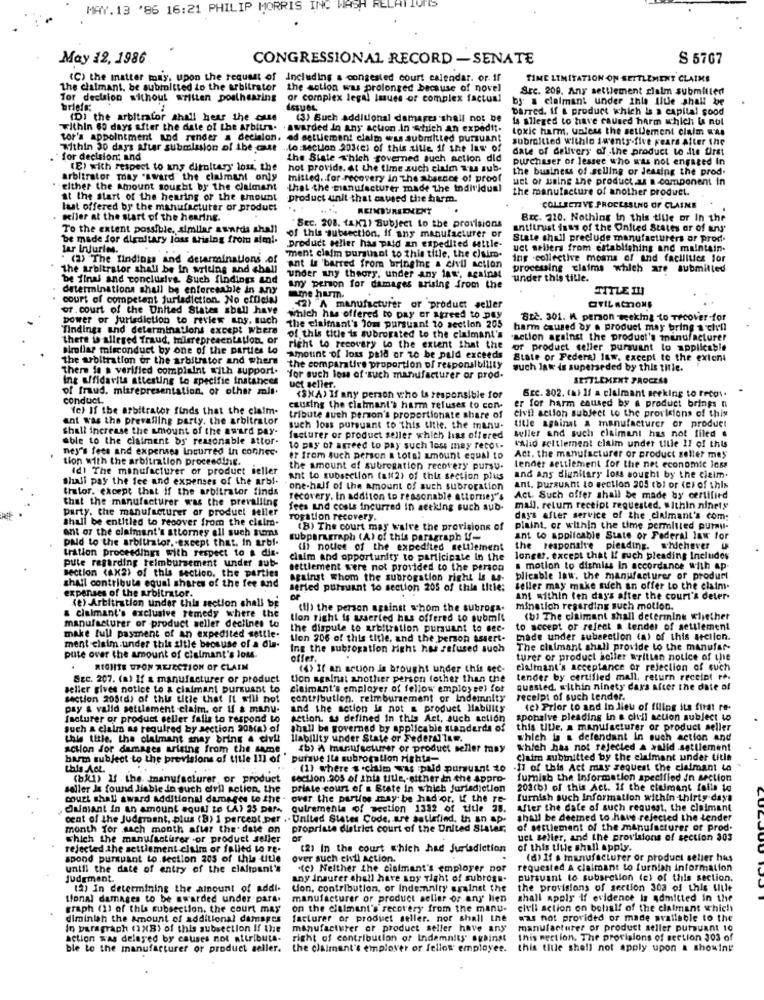
MAY. 13 '86 16:21 PHILIP MORRIS
REL
May 12, 1986
CONGRESSIONAL RECORD -SENATE
S 5767
(C) the matter may, upon the request of Including a congested court calendar. or. if
TIME LIMITATION ON SETTLEMENT CLAIMS
The claimant, be submitted io the arbitrator
the action was prolonged because of novel
Sre. 209. Any settlement claim submitted
Tor decision without written posthearing
or complex legal laues of complex factual
by a claimant under inte Iluje shall be
briefs:
ASSUeL.
barred. If & product which is a capital good
(D) the arbitrafor ahall hear the cuse
(3) Buch additional damages shall not be
Is alleged to have caused harm which is not
within 60 days after the date of the arbiun.
. awarded in any action .in which an expedit.
toxic harm, unless the settlement claim is
tor's appointment and render a decision. od settlement claim was submitted pursuant
subroltted withle iwents-five years After the
within 30 days after subulation of the csr to section 203(e) of this aille if the law of
to section 203(e) of this site, if the law of
date of delivery of the product to die first
for deelsion: and
the State which governed such action did
purchaser of lessee who was not engaged In
(E) with respect to any diruitary los, the
hot provide. at the time auch claim T'as sub-
the business of selling or Jessing the prod.
arbitrator may "award" the claimant only
mitled .. for recovery in The absence of proof
uct or saine the product.as a component In
either the Amount sought by the claimant
that the manufacturer made the individual
the manufacture of another produet.
at the start of the hearing or the amount
product unit that caused Lise harm.
last offered by the manufacturer or product
REIMBURSEMENT
COLLECTIVE PROCESSING OF CLAINS
ochler at the start of the hearing.
Brc. 210. Nothing in this title or In the
To the extent possible, similar awards ahall
"SEC. 208. tak1) Subject to the provisions
antitrust dass of the United States or of ars'
be made for dignitary loss arising from aiml.
product peller has paid an expedited settle-
of this subsection, if any manufacturer or
State shell preclude manufacturers or prod.
tar Injuries.
"ment claim pursinot to this title, the claim-
uct sellers from establishing and maintain.
" (2) The findings and determinations .of
ing .collective moins of and facilities for
The arbitrator shall be in writing and chall
ant la 'barred from bringing & civil action
processing claims which are submitted
be final and conclusive. Such findings and
under any theory, under any law, against
under this tille.
determinations shall be enforceable in any
any person for damages arising from the
TITLE IN
court of competent jurisdiction. No official
ame hum.
or. court of the United States sball have
(2) A manufacturer or product seller
power or Jurisdiction to review any. such
which has offered to pay or agreed to pay
Ste. 301. A person weeking to Tecover-for
findings and determinations except Where
the claimant's Jon pursuant to section 205
harm caused by . product may bring a cheil
there is allered fraud, misrepresentation, or
of this title is subrogated to the claimant's
action against the product's manufacturer
simliar misconduct by one of the parties to
right to recovery to the extent that the of product celler pursuant to applicable
the arbitration or the arbitrator and where
Amount of loss paid or to be paid exceeds
State or Federal law. except to the extent
There is a verified complaint with support.
the comparative proportion of responsibility
such law is superseded by this title.
Ing affidavits attesting to specific instances
Yor auch loss of such manufacturer or prod.
SETTLEMENT PROCESS
of fraud. misrepresentation, or other mit.
uct seller.
SEC. 202. tal lf a claimant seeking to recos.
conduct.
(SMA) If any person who is responsible for
er for harm caused by a product brings nl
fe) If the arbitrator finds that the claim-
esusing the claimant's harm refuses to con-
civil action subject to the provisions of this
ant was the prevailing party. the arbitrator
tribute such person's proportionate share of
shall increase the amount of the award pay-
such loss pursuant to this sitte. the manu-
suller and such claimant has not filed .
title againat & manufacturer or product
able to the claimant by reasonable attor-
facturer or product seller which has offered
ney's fees and expenses Incurred in connec-
to pay of agreed to pay such loss may recor.
Valid settlement claim under title !! of this
tion with the arbitration proceeding.
er from such person a total amount equal to
Act. the manufacturer or product seller mes
Idl The manufacturer of product seller
the amount of subrogation recovery pursu.
tender settlement for the net economic icss
Shali pay the fee and expenses of the arbi-
ant to subssellon (alt2) of this section plus
and any dignitary loss sought by the cielm.
thelor. except that if the arbitrator finds
one-half of the amount of such subrogation
ant. pursuant to section 205 (bi or (e) of this
that the manufacturer was the prevailing
recovery. In addition to reasonable attorney's
Act. Such offer shall be made by certified
party, the manufacturer or product seller
fees and costs incurred In seeking such sub-
mail. return receipt requested. within ninety
shall be entitled to recover from the claim.
rogation recovery.
days after service of the claimant's com:
ant of the claimant's attorney all such sions
(B) The court may walve the provisions of
plaint, or within the time permitted purmu-
paid to the arbitrator. . except that, in arbi-
subparagraph (A) of this paragraph Vf-
ant to applicable State or Federal law for
tration proceedings with respect to a dis-
(hi notice of the expedited settlement
the responsire pleading. whichever
pute regarding reimbursement under sub-
claim and opportunity to participate In the
longer, except that If such pleading Includes
section (Axa) of this sectico. the parties
settlement were not provided to the person
s motion to dismiss In accordance with ap-
shall contribute equal shares of the fee and
against Whom the subrogation right la as-
blicable law. the manufacturer of product
expenses of the arbitrator.
seried pursuant to section 205 of thia title:
seller may make sich an offer to the claim-
(e) Arbitration under this section shall be
ant within ten days after the court's deter-
(Il) the person against whom the subroga.
minstich regarding such motion.
manufacturer of product seller declines to
& claimant's exclusive remedy where the
tion right is suerted hus offered to submit
(b) The claimant shall determine whether
the dispute to arbitration pursuant to see-
to accept or refect a tender of settlement
make full payment of an expedited settle.
tion 206 of this title, and the person assert-
made under subsection (a) of this section.
ment claim under this zitle because of a dia-
Ing the subrogation right has refused such
The claimant shall provide to the manufer-
pute over the amount of claimant's los.
offer.
turer or product seller written notice of the
RIGHTE UPON ALIZCTION OF CLAIM
(4) If an action is brought under this sec-
elafinant's acceptance or rejection of such
Sec. 207. (a) If a manufacturer or product
tion against another person (other than the
tender by certified mall, return receipt re-
seller gives notice to & claimant pursuant to
claimant's employer of fellow employsel for
quested. within ninety days after the date of
section 205(d) of this title that It will not
contribution, reimbursement or Indemnity
receipt of such tender.
pay & valid settlement claim, or If & manu-
and the action is not a product Hability
(e) Prior to and in lieu of filing its first re-
facturer or product celler falls to respond Lo
action. & defined In this Act, auch action
spohalve pleading in a cheil action subject to
such a claim as required by section 208(a) of
shall be governed by applicable standards of
this title. a manufacturer of product seller
this title, the claimant snay bring a civil
Ilability under State or Federalism.
which is & defendant In such action and
action for damages arising from the same
(b) A manufacturer or product seller may
Which has not rejected & walid .settlement
barm subject to the provisions of title 11] of
pursue Ita subrogation righta-
Claim submitted by the claimant under title
(1) where s claim was paid pursuant to
-11 of this Act may request the claimant to
(bj1) If . the, manufacturer or product
section 905 of inia title, either in the Appro-
furnish the Information specified in section
seller Is found liable in such civil action, the
priate court of a State in which jurisdiction
201(b) of this Act. If the ciumant falla to
court shall award Additional damages to the
over the parties may be had or, If the re-
furnish such Information within thirty days
dumant in an amount aquel to LA) 25 par- guirementa of section 1332 of title 28.
After the date of such request. the claimant
cat of the Judgment, plus (B) 1 percent per .. United States Code, art satiefind, th an ap.
shall be deemed to have rejected the tender
month for sach month after the date on
propriate district court of the United Slater,
of settlement of the manufacturer of prod.
which the manufacturer .or product seller
or
uct seller, and the provisions of section 303
rejected .the settlement claim or falied to re-
(2) In the court which had Jurisdiction
of this title shall apply.
spond pursuant to section 205 of this title
over such civil action.
(d) 11 a manufacturer or product selier hus
until the date of entry of the cialipant's
"(c) Neither the cisimant's employer nor
requested A claimant to furnish information
Judgment.
any insurer shall have any Tight of subrots.
pursuant to subsection (e) of this section.
(a) In determining the amount of addl.
tion, contribution, or Indemnity against the
the provisions of section 303 of this Lille
tional damages to be awarded under para.
manufacturer or product seller or any lien
shall apply if evidence is admitted in the
graph (1) of this subsection. the court may
on the claimant's'recovery from the manu-
civli action on behalf of the claimant which
diminish the amount of additional damspes
facturer or product seller. nor shall the
was not provided or made available to the
in paragraph (2X(8) of this subsection If the
manufacturer or product seller have any
manufacturer or product seller pursuant 10
action was delayed by causes not attributs-
right of contribution of Indemnity' against
this section. The provisions of section 303 of
ble to the manufacturer or product seller.
the claimant's employer or fellow employee.
this tiule shall not apply upon & showing